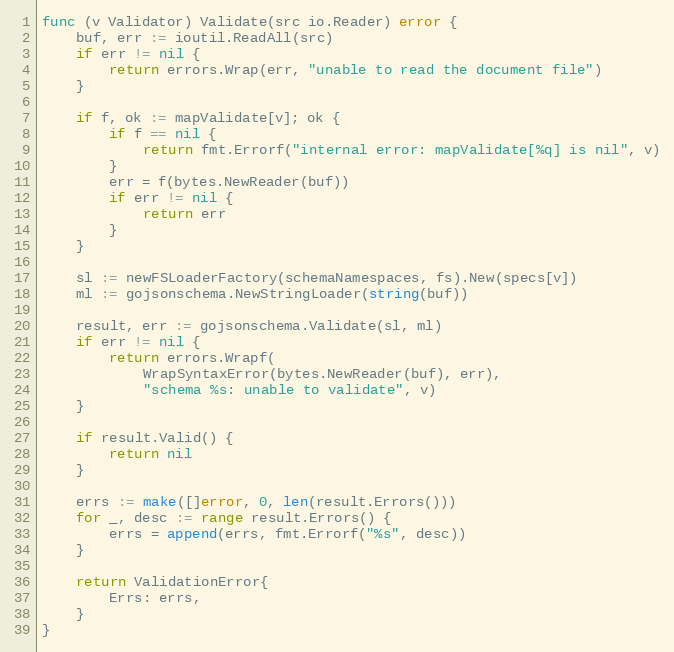
Language: Go
func (v Validator) Validate(src io.Reader) error {
	buf, err := ioutil.ReadAll(src)
	if err != nil {
		return errors.Wrap(err, "unable to read the document file")
	}

	if f, ok := mapValidate[v]; ok {
		if f == nil {
			return fmt.Errorf("internal error: mapValidate[%q] is nil", v)
		}
		err = f(bytes.NewReader(buf))
		if err != nil {
			return err
		}
	}

	sl := newFSLoaderFactory(schemaNamespaces, fs).New(specs[v])
	ml := gojsonschema.NewStringLoader(string(buf))

	result, err := gojsonschema.Validate(sl, ml)
	if err != nil {
		return errors.Wrapf(
			WrapSyntaxError(bytes.NewReader(buf), err),
			"schema %s: unable to validate", v)
	}

	if result.Valid() {
		return nil
	}

	errs := make([]error, 0, len(result.Errors()))
	for _, desc := range result.Errors() {
		errs = append(errs, fmt.Errorf("%s", desc))
	}

	return ValidationError{
		Errs: errs,
	}
}